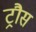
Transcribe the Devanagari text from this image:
ट्रौस